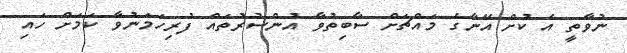
ނުވާތީ އެ ކުށް އޭނާގެ މައްޗަށް ސާބިތުވާ އުންސުރުތައް ފުރިހަމަނުވާ ކަމަށް ހައި